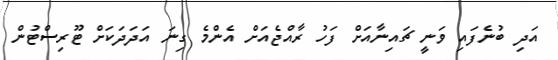
އަދި ބުނެފައި ވަނީ ޗައިނާއަށް ފަހު ރާއްޖެއަށް އެންމެ ގިނަ އަދަދަކަށް ޓޫރިސްޓުން